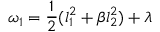
\omega _ { 1 } = \frac { 1 } { 2 } ( l _ { 1 } ^ { 2 } + \beta l _ { 2 } ^ { 2 } ) + \lambda